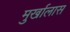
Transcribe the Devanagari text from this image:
मुर्खालास